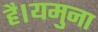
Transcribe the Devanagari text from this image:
है।यमुना